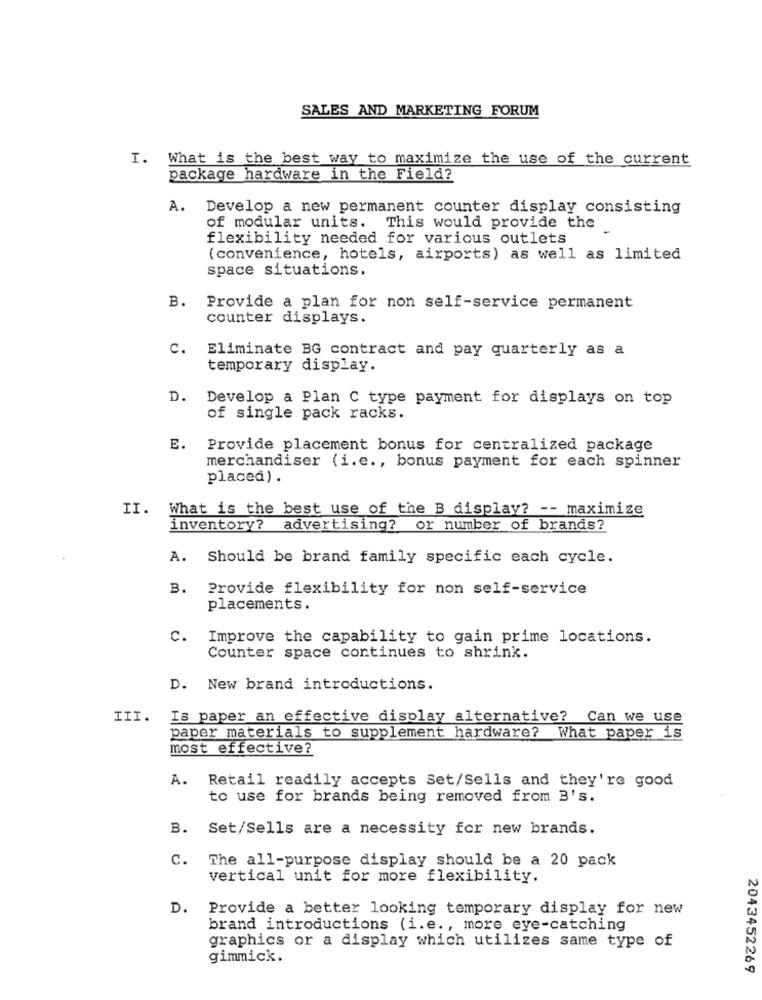
SALES AND MARKETING FORUM
I. What is the best way to maximize the use of the current
package hardware in the Field?
A. Develop a new permanent counter display consisting
of modular units. This would provide the
flexibility needed for various outlets
( convenience, hotels, airports) as well as limited
space situations.
B. Provide a plan for non self-service permanent
counter displays.
c.
Eliminate BG contract and pay quarterly as a
temporary display.
D. Develop a Plan C type payment for displays on top
of single pack racks.
E.
Provide placement bonus for centralized package
merchandiser (i.e ., bonus payment for each spinner
placed).
II.
What is the best use of the B display? -- maximize
inventory? advertising? or number of brands?
A. Should be brand family specific each cycle.
B. Provide flexibility for non self-service
placements.
c.
Improve the capability to gain prime locations.
Counter space continues to shrink.
D. New brand introductions.
III.
Is paper an effective display alternative? Can we use
paper materials to supplement hardware? What paper is
most effective?
A.
Retail readily accepts Set/Sells and they're good
to use for brands being removed from B's.
B. Set/Sells are a necessity for new brands.
C.
The all-purpose display should be a 20 pack
vertical unit for more flexibility.
D.
Provide a better looking temporary display for new
brand introductions (i.e ., more eye-catching
graphics or a display which utilizes same type of
gimmick.
2043452269